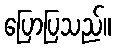
ပြောပြသည်။